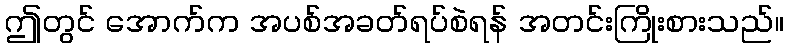
ဤတွင် အောက်က အပစ်အခတ်ရပ်စဲရန် အတင်းကြိုးစားသည်။